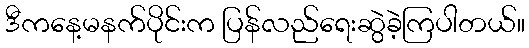
ဒီကနေ့မနက်ပိုင်းက ပြန်လည်ရေးဆွဲခဲ့ကြပါတယ်။